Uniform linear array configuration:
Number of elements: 32
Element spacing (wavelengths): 0.25
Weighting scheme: exponential
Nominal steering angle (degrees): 0
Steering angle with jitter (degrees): -1.698
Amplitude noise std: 0.05
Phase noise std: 0.05

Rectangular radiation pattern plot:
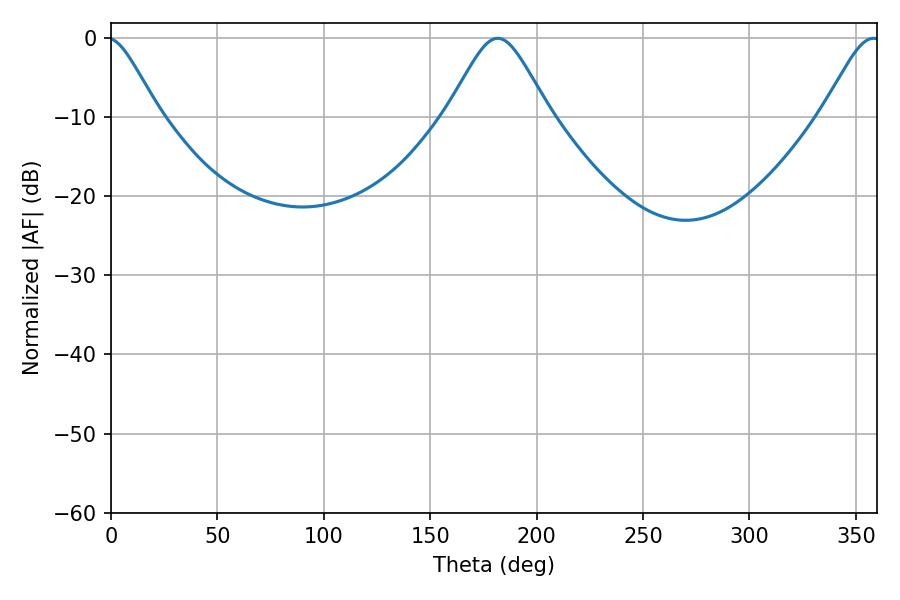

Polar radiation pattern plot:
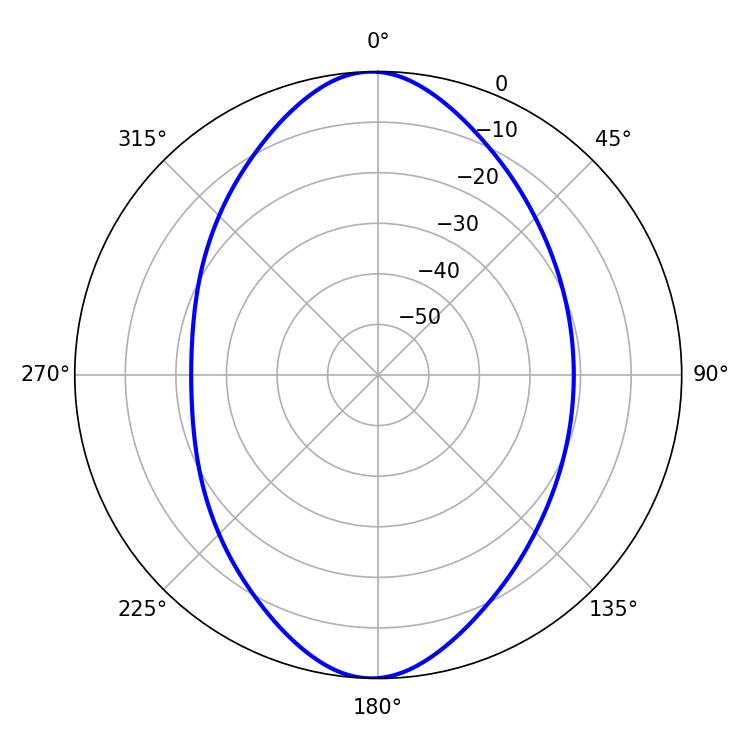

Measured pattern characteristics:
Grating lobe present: FALSE
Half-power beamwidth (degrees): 23.4
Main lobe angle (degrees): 181.8